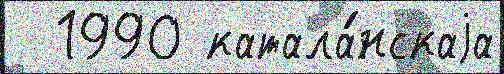
  1990 катала́нскаjа